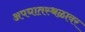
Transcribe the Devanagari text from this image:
अपघातस्थळावर